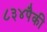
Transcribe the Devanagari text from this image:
८३४पैकी